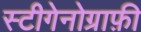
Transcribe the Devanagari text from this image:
स्टीगेनोग्राफ़ी